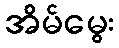
အိမ်မွေး